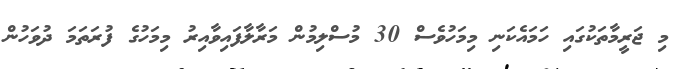
މި ޖަރީމާތަކުގައި ހަމައެކަނި މިމަހުވެސް 30 މުސްލިމުން މަރާލާފައިވާއިރު މިމަހުގެ ފުރަތަމަ ދުވަހުން